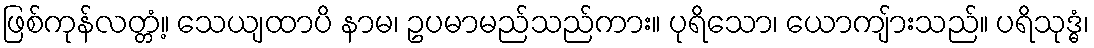
ဖြစ်ကုန်လတ္တံ့။ သေယျထာပိ နာမ၊ ဥပမာမည်သည်ကား။ ပုရိသော၊ ယောကျ်ားသည်။ ပရိသုဒ္ဓံ၊